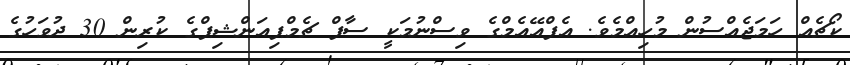
ކޯޗެއް ހަަމަޖެއްސުން މުހިއްމެވެ. އެފްއޭއެމްގެ ވިސްނުމަކީ ސާފް ޗެމްޕިއަންޝިޕްގެ ކުރިން 30 ދުވަހުގެ